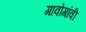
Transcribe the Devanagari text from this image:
गावोगांवी